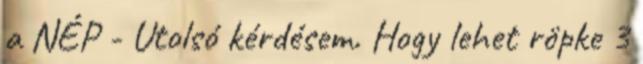
a NÉP - Utolsó kérdésem. Hogy lehet röpke 3